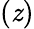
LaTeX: (\mathit{z})